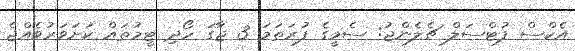
އެކްސް ފުޓްސަލް ޗެލެންޖު: ސެމީގެ ފުރަތަމަ 3 ޖާގަ ހޯދި ޓީމުތައް ކަށަވަރުވެއްޖެ